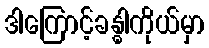
ဒါကြောင့်ခန္ဓါကိုယ်မှာ